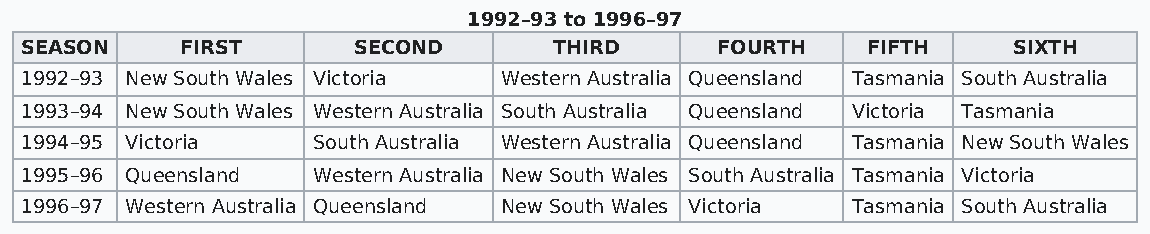
1992–93 to 1996–97
 SEASON     FIRST      SECOND        THIRD     FOURTH    FIFTH     SIXTH
 1992–93 New South Wales Victoria Western Australia Queensland Tasmania South Australia
 1993–94 New South Wales Western Australia South Australia Queensland Victoria Tasmania
 1994–95 Victoria    South Australia Western Australia Queensland Tasmania New South Wales
 1995–96 Queensland  Western Australia New South Wales South Australia Tasmania Victoria
 1996–97 Western Australia Queensland New South Wales Victoria Tasmania South Australia